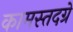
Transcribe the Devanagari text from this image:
कामस्तदग्रे